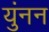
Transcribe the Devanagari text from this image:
युंनन